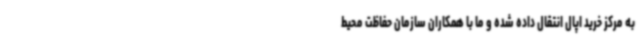
به مرکز خرید اپال انتقال داده شده و ما با همکاران سازمان حفاظت محیط